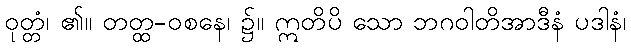
ဝုတ္တံ၊ ၏။ တတ္ထ-ဝစနေ၊ ၌။ ဣတိပိ သော ဘဂဝါတိအာဒီနံ ပဒါနံ၊